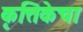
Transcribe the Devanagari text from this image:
कृत्तिकेचा